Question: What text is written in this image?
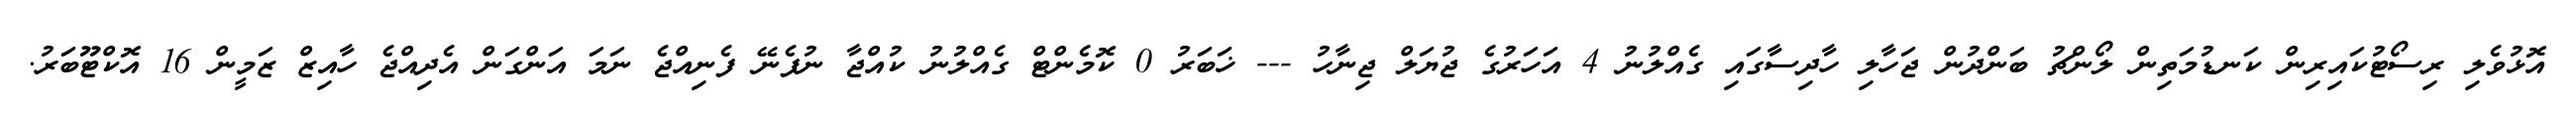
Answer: އޮޅުވެލި ރިސޯޓުކައިރިން ކަނޑުމަތިން ލޯންޗު ބަންދުން ޖަހާލި ހާދިސާގައި ގެއްލުނު 4 އަހަރުގެ ޖުޔަލް ޖިނާހު --- ޚަބަރު 0 ކޮމެންޓް ގެއްލުނު ކުއްޖާ ނުފެނޭ ފެނިއްޖެ ނަމަ އަންގަން އެދިއްޖެ ހާއިޒް ޒަމީން 16 އޮކްޓޫބަރު.